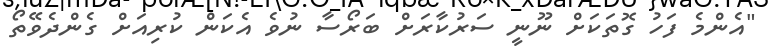
"އެންމެ ފަހު ގޮތަކަށް ނޫނީ ސަރުކާރަށް ބަރޯސާ ނުވެ އެކަން ކުރިއަށް ގެންދެވޭތޯ